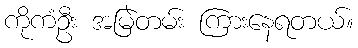
ကိုကံဦး အမြဲတမ်း ကြားနေရတယ်။